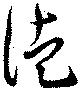
徒